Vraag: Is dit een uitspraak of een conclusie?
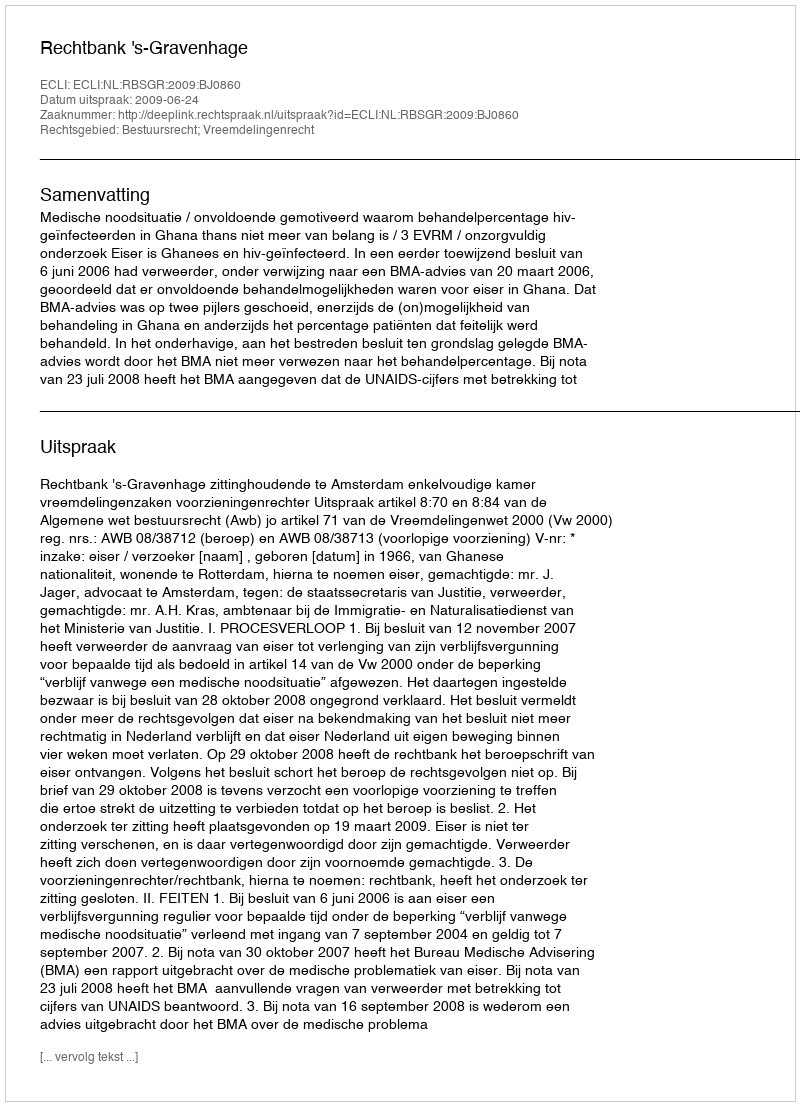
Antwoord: Uitspraak